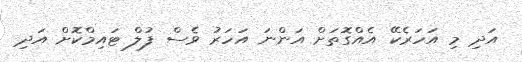
އަދި މި އަހަރެކޭ އެއްގޮތަށް އަންނަ އަހަރު ވެސް ފުލް ޓައިމްކޮށް އަދި